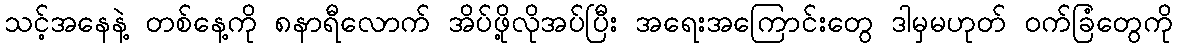
သင့်အနေနဲ့ တစ်နေ့ကို ၈နာရီလောက် အိပ်ဖို့လိုအပ်ပြီး အရေးအကြောင်းတွေ ဒါမှမဟုတ် ဝက်ခြံတွေကို